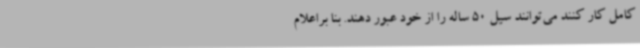
کامل کار کنند می‌توانند سیل 50 ساله را از خود عبور دهند. بنا براعلام